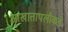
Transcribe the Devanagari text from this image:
आखातापलीकडे